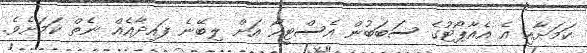
ކަމަށާއި އެ އެއާޕޯޓުގެ ސަބަބުން އެސްޓީއޯ އަށް ލިބޭނެ ފައިދާއެއް ނެތް ކަމަށެވެ.